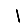
Digit: 1